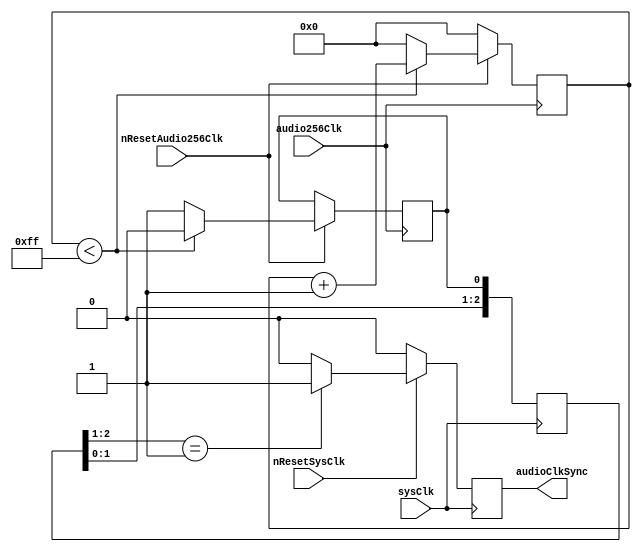
`timescale 1ns / 1ps
//////////////////////////////////////////////////////////////////////////////////
// Company: 
// Engineer: 
// 
// Design Name: 
// Module Name: audio_clk_gen
// Project Name: 
// Target Devices: 
// Tool Versions: 
// Description: 
// 
// Dependencies: 
// 
// Revision:
// Revision 0.01 - File Created
// Additional Comments:
// 
//////////////////////////////////////////////////////////////////////////////////


module audio_clk_gen(
    input nResetSysClk,
    input nResetAudio256Clk,
    input audio256Clk,
    input sysClk,
    output audioClkSync
    );
    
(* ASYNC_REG = "TRUE" *) reg [2:0] audioClkSyncBuf;
reg [7:0] prescaler;
reg audioClkBuf;
reg audioClkSyncOutBuf;

always @(negedge audio256Clk)
begin
    if(~nResetAudio256Clk)
    begin
        prescaler <= 8'h00;
    end
    else
    begin
        if(prescaler < 8'hFF)
        begin
            prescaler <= prescaler + 8'h01;
            audioClkBuf <= 1'b0;
        end
        else
        begin
            prescaler <= 8'h00;
            audioClkBuf <= 1'b1;
        end
    end
end

always @(negedge sysClk)
begin
    audioClkSyncBuf <= {audioClkSyncBuf[1:0], audioClkBuf};
end

always @(negedge sysClk)
begin
    if(~nResetSysClk)
    begin
        audioClkSyncOutBuf <= 1'b0;
    end
    else
    begin
        if(audioClkSyncBuf[2:1] == 2'b01)
        begin
            audioClkSyncOutBuf <= 1'b1;
        end
        else
        begin
            audioClkSyncOutBuf <= 1'b0;
        end
    end
end

assign audioClkSync = audioClkSyncOutBuf;

endmodule